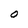
Character: O